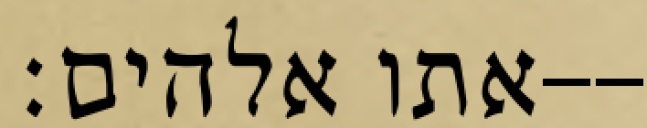
אתו אלהים׃--